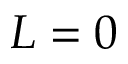
L = 0